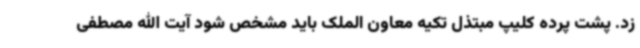
زد. پشت پرده کلیپ مبتذل تکیه معاون الملک باید مشخص شود آیت الله مصطفی